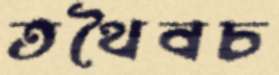
তথৈবচ